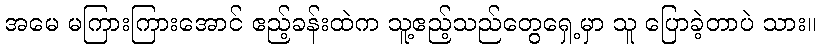
အမေ မကြားကြားအောင် ဧည့်ခန်းထဲက သူ့ဧည့်သည်တွေရှေ့မှာ သူ ပြောခဲ့တာပဲ သား။